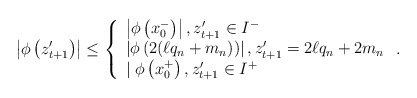
\begin{align*}\left|\phi\left(z_{t+1}^{\prime}\right)\right| \leq\left\{\begin{array}{l}\left|\phi\left(x_{0}^{-}\right)\right|, z_{t+1}^{\prime} \in I^{-} \\\left|\phi\left(2(\ell q_{n}+m_{n})\right)\right|, z_{t+1}^{\prime}=2\ell q_{n}+2m_{n} \\\mid \phi\left(x_{0}^{+}\right), z_{t+1}^{\prime} \in I^{+}\end{array}\right..\end{align*}